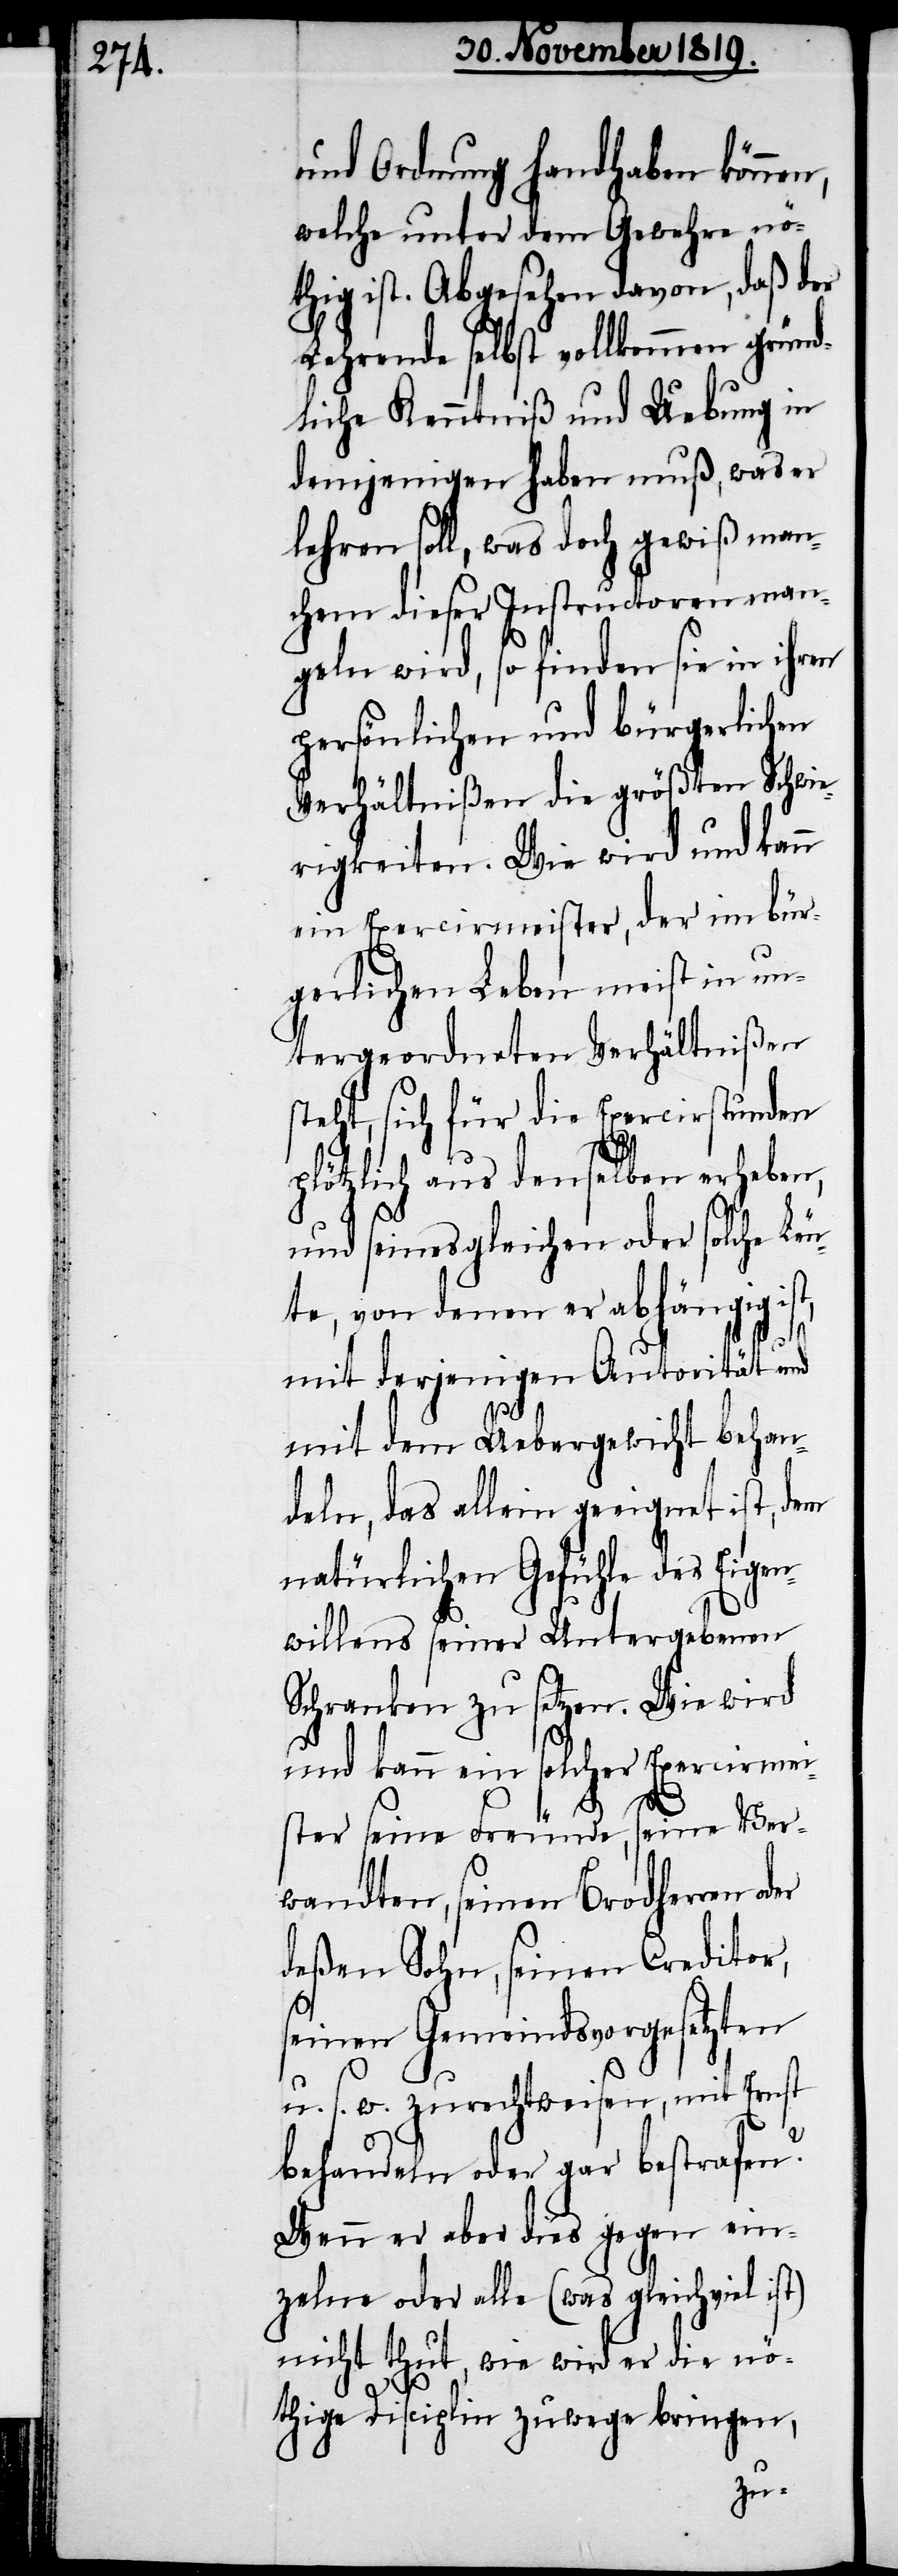
und Ordnung handhaben können,
welche unter dem Gewehre nö¬
thig ist. Abgesehen davon, daß der
Lehrende selbst vollkommen gründ¬
liche Kenntniß und Uebung in
demjenigen haben muß, was er
lehren soll, was doch gewiß man¬
chem dieser Instructoren man¬
geln wird, so finden sie in ihren
persönlichen und bürgerlichen
Verhältnißen die größten Schwie¬
rigkeiten. Wie wird und kann
ein Exercirmeister, der im bür¬
gerlichen Leben meist in un¬
tergeordneten Verhältnißen
steht, sich für die Exercirstunden
plötzlich aus denselben erheben,
und seinesgleichen oder solche Leu¬
te, von denen er abhängig ist,
mit derjenigen Autorität und
mit dem Uebergewicht behan¬
deln, das allein geeignet ist, dem
natürlichen Gefühle des Eigen¬
willens seiner Untergebenen
Schranken zu setzen. Wie wird
und kann ein solcher Exercirmei¬
ster seine Freunde, seine Ver¬
wandten, seinen Brodherren
deßen Sohn, seinen Creditor,
seinen Gemeindsvorgesetzten
u. s. w. zurechtweisen, mit Ernst
behandeln oder gar bestrafen?
Wenn er aber dies gegen ein¬
zelne oder alle (was gleichviel ist)
nicht thut, wie wird er die nö¬
thige Disciplin zuwege bringen,